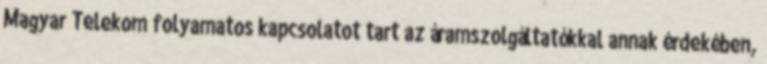
Magyar Telekom folyamatos kapcsolatot tart az áramszolgáltatókkal annak érdekében,